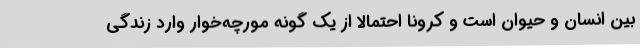
بین انسان و حیوان است و کرونا احتمالا از یک گونه مورچه‌خوار وارد زندگی